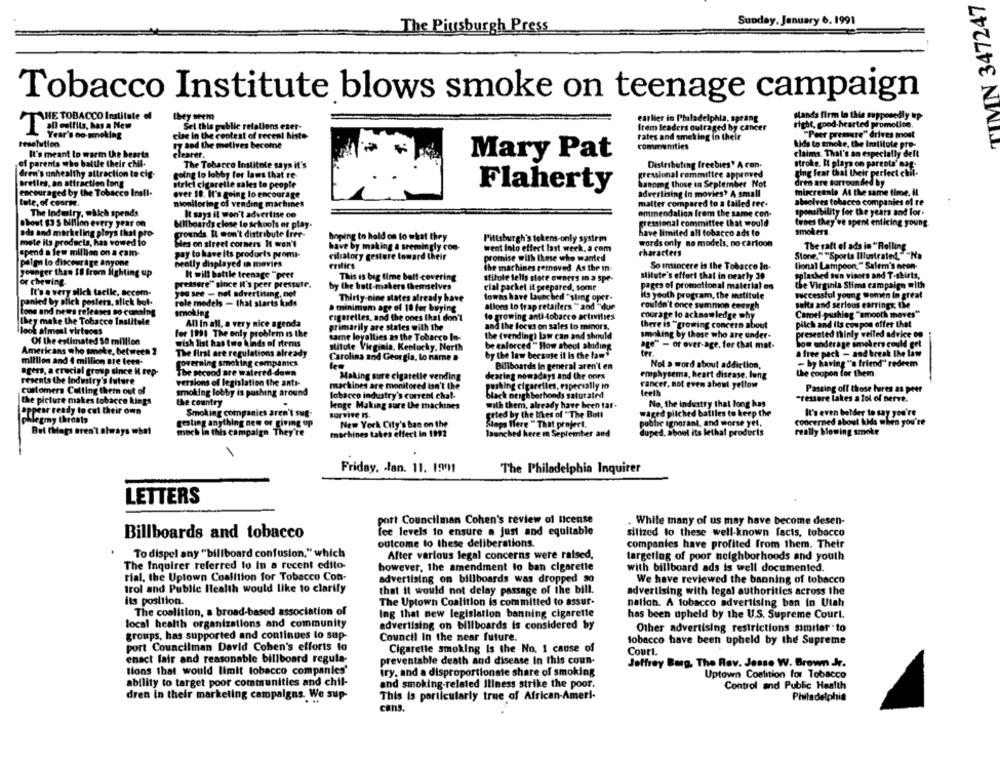
TIMN 347247
Sunday, January 6. 1991
The Piusburgh Press
Tobacco Institute blows smoke on teenage campaign
they seem
stands firm in this supposedly up
THE TOBACCO Institute of
earlier in Philadelphia, sprang
right, good-hearted promolice.
aD outfits, has a New
Sel this public relations eser-
frem leaders outraged by cancer
Year's no-smoking
clae in the contest of recen! histe
rates and smek ing in their
"Peer pressure" drives most
resolution
by and the melives become
communities
Alds to smoke, the Intitule pro-
It's meant to warm the hearts
clearer.
claims. That's an especially deft
of parents who battle their chil-
Mary Pat
The Tobacco Institole says it's
Distributing freebies' A con-
stroke. It plays on parents' mag-
dren's unhealthy altraction to cig-
going to lobby for laws that re
gressional committee approved
ging fear that their perfect cibul-
Brefles, an attraction long
strici cigarelle sales to people
Sanneg those in September Not
dren are surrounded by
Flaherty
miscreenie At the same time, il
encouraged by the Tobacco Insil-
over 18. It's going lo encourage
advertising In movies' A small
tete, of course,
monitoring of vending machines
matter compared to a failed rec.
absolves tobacco companies of re
The Industry, which spends
It says it won't advertise on
ommendalion frem the same con-
sponsibility for the years and for.
pressional committee that would
tunes they've spent enticing young
Shout 83 5 billion every year on
Milboards close to schools of play
smokers
ads and markeling plays that pro-
pounds. IL won't distribute Irer-
hoping to hold on to what they
Pittsburgh's tekens-only sysirm
have limited all tobacco ads to
mete its products, has vowed to
Mes on street corners It won't
words only no models, no cartoon
The raft of ads in "Rolling
spend a few million on a cam-
pay to have its products promi-
have by making a seemingly con-
went Into effect last week, a com
characters
riliatory gesture toward their
promise with those who wanted
Stone." "Sports Illustrated,""Na
palma to discourage anyone
heolly displayed in movies
critics
The machines removed As the tn-
So insincere is the Tobacco In.
lional Lampoon " Salem's ncon-
younger than 18 from fighting up
It will battle trenage "peer
This is big time balt-covering
stilule tells store owners in a spe-
stitute's effort that in nearly 39
splashed sun visors and T-shirts,
for chewing.
It'sa very alich tacile, accem-
pretsure" since it's peer pressure.
by the butt-makers themselves
cial packet it prepared, some
pages of promotional material on
the Virginia Slima campaign with
you see - nel advertising, not
Thirty-nine states already have
towns have launched " sting oper.
its youth program, the institule
successful young Women In great
panled by slick posters, slick but.
role models - that starts kuds
a minimum age of 10 for buying
allons lo frap retailers " and "due
couldn't once summon enough
Belts and serious estrings; Che
tons and news releases so comaing
smoking
Camel-pushing ""smooth moves"
they make the Tobacco Institule
All In all, a very nice agenda
cigarelles, and the ones Ihal don't
to growing anti dobarco activities
courage lo acknowledge why
pilch and Ils coupon offer that
primarily are states with the
and the focus on sales to minors.
there is "growing concern about
ilook afmest virtuoss
for 1931 The only problem is the
same loyallies as the Tobacco In-
the (vending) law can and should
smoking by those who are under-
presented thinly welled advice op
Of the estimated $8 million
wish list has two kinds of items
be caforced" How about shiding
age"" - or over-age, for that mat-
low underage smokers could get
Americans who smoke, between 2
The first are regulations already
stitute Virginia, Kentucky, North
ter.
a free pack - and break the law
million and 4 million are (een-
Carolina and Georgia, lo name »
by the law because it is the law
governing smoking companies
les
Billboards In general aren't en
Nol s word about addiction,
- by having "'s friend" redeem
agers, a crucial group since i rep-
The second are walered-down
Making sure cigaretle vending
dearing nowadays and the ones
emphysema, heart disease. lung
the coupon for them.
resenta the Industry's future
version of legislation the anti-
rancer, not even about yellow
customers Culling them out of
machines are monitored isn't the
pushing cigaretles, especially in
teeth
Passing off those heres as peer
smoking lobby is pushing around
tobacco industry's current chal-
black neighborhonds saturated
"ressure lakes a tol of Berve.
the picture makes tobacco kings
the country
lenge Making sure the machines
with them, already have been tar-
No. the industry that long has
appear ready to cut their own
Smoking companies aren't sug-
survive IS.
grted by the ties of " The Bull
waged pitched batiles to keep the
It's even bolder to say you're
phlegmy throats
concerned about Kids when you're
But Chags aren't always wbs1
cooling anything
thing new or giving op
New York City's ban on the
Stops Here " That project.
public ignorant, and worse yet,
much in this campaign They're
machines takes effect in 1992
launched here in September and
duped. about its lethal produris
really blowing smoke
1
Friday. - lan. 11. 1991
The Philadelphia Inquirer
LETTERS
port Councilman Cohen's review of license
While many of us may have become desen-
Billboards and tobacco
lee levels to ensure a just and equitable
silized to these well-known facts, tobacco
outcome to these deliberations.
companies have profited from them. Their
To dispel any "billboard confusion," which
After various legal concerns were raised,
targetlog of poor neighborhoods and youth
The Inquirer referred to In a recent edilo-
however, the amendment lo ban cigarette
with billboard ads is well documented.
rial, the Uptown Coalition for Tobacco Con-
advertising on billboards was dropped so
We have reviewed the banning of tobacco
trol and Public Health would like to clarify
that it would not delay passage of the bill.
advertising with legal authorities across the
its position.
The Uptown Coalition is committed to assur-
nation. A tobacco advertising ban in Utah
The coalition, a broad-based association of
Ing that new legislation banning cigarette
has been upheld by the U.S. Supreme Court.
local health organizations and community
advertising on billboards is considered by
Other advertising restrictions similar to
groups, has supported and continues lo sup-
Council In the near future.
tobacco have been upheld by the Supreme
port Councilman David Cohen's efforts to
Cigarette smoking Is the No. 1 cause of
enact fair and reasonable billboard regula-
Court.
preventable death and disease in this coun-
Jeffrey Borg. The Rev. Jesse W. Brown Jr.
tions that would limit tobacco companies'
iry, and a disproportionate share of smoking
Uptown Coalition for Tobacco
ability to target poor communities and chil-
and smoking-related Illness strike the poor.
Control and Public Health
dren in their marketing campaigns. We sup-
This is particularly true of African-Ameri-
Philadelphia
cans.